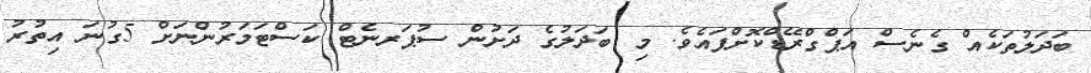
ބަދަލުތަކެއް ގެނެސް އަޕްގްރޭޑްކޮށްފައެވެ. މި ބަދަލުގެ ދަށުން ސުޕަރނެޓް ކަސްޓަމަރުންނަށް 5ގުނަ އިތުރު